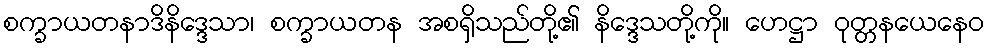
စက္ခာယတနာဒိနိဒ္ဒေသာ၊ စက္ခာယတန အစရှိသည်တို့၏ နိဒ္ဒေသတို့ကို။ ဟေဋ္ဌာ ဝုတ္တနယေနေဝ